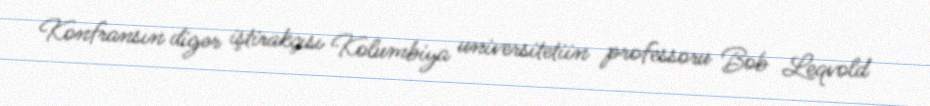
Konfransın digər iştirakçısı Kolumbiya universitetiin professoru Bob Leqvold